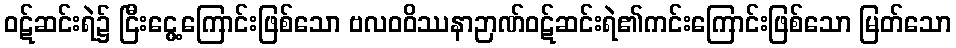
ဝဋ်ဆင်းရဲ၌ ငြီးငွေ့ကြောင်းဖြစ်သော ဗလဝဝိဿနာဉာဏ်ဝဋ်ဆင်းရဲ၏ကင်းကြောင်းဖြစ်သော မြတ်သော